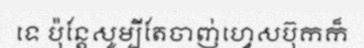
ទេ ប៉ុន្តែសូម្បីតែចាញ់ហ្វេសប៊ុកក៏